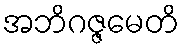
အဘိဂဇ္ဇမေတိ